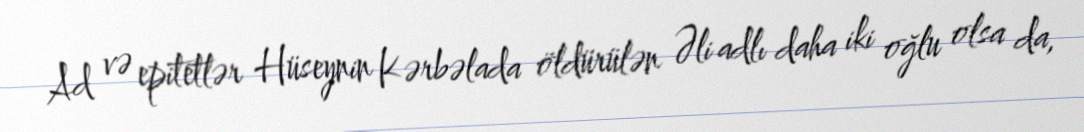
Ad və epitetlər Hüseynin Kərbəlada öldürülən Əli adlı daha iki oğlu olsa da,